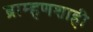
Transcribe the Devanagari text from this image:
ब्राम्हणशाही